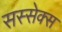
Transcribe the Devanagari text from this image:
सस्सेक्स